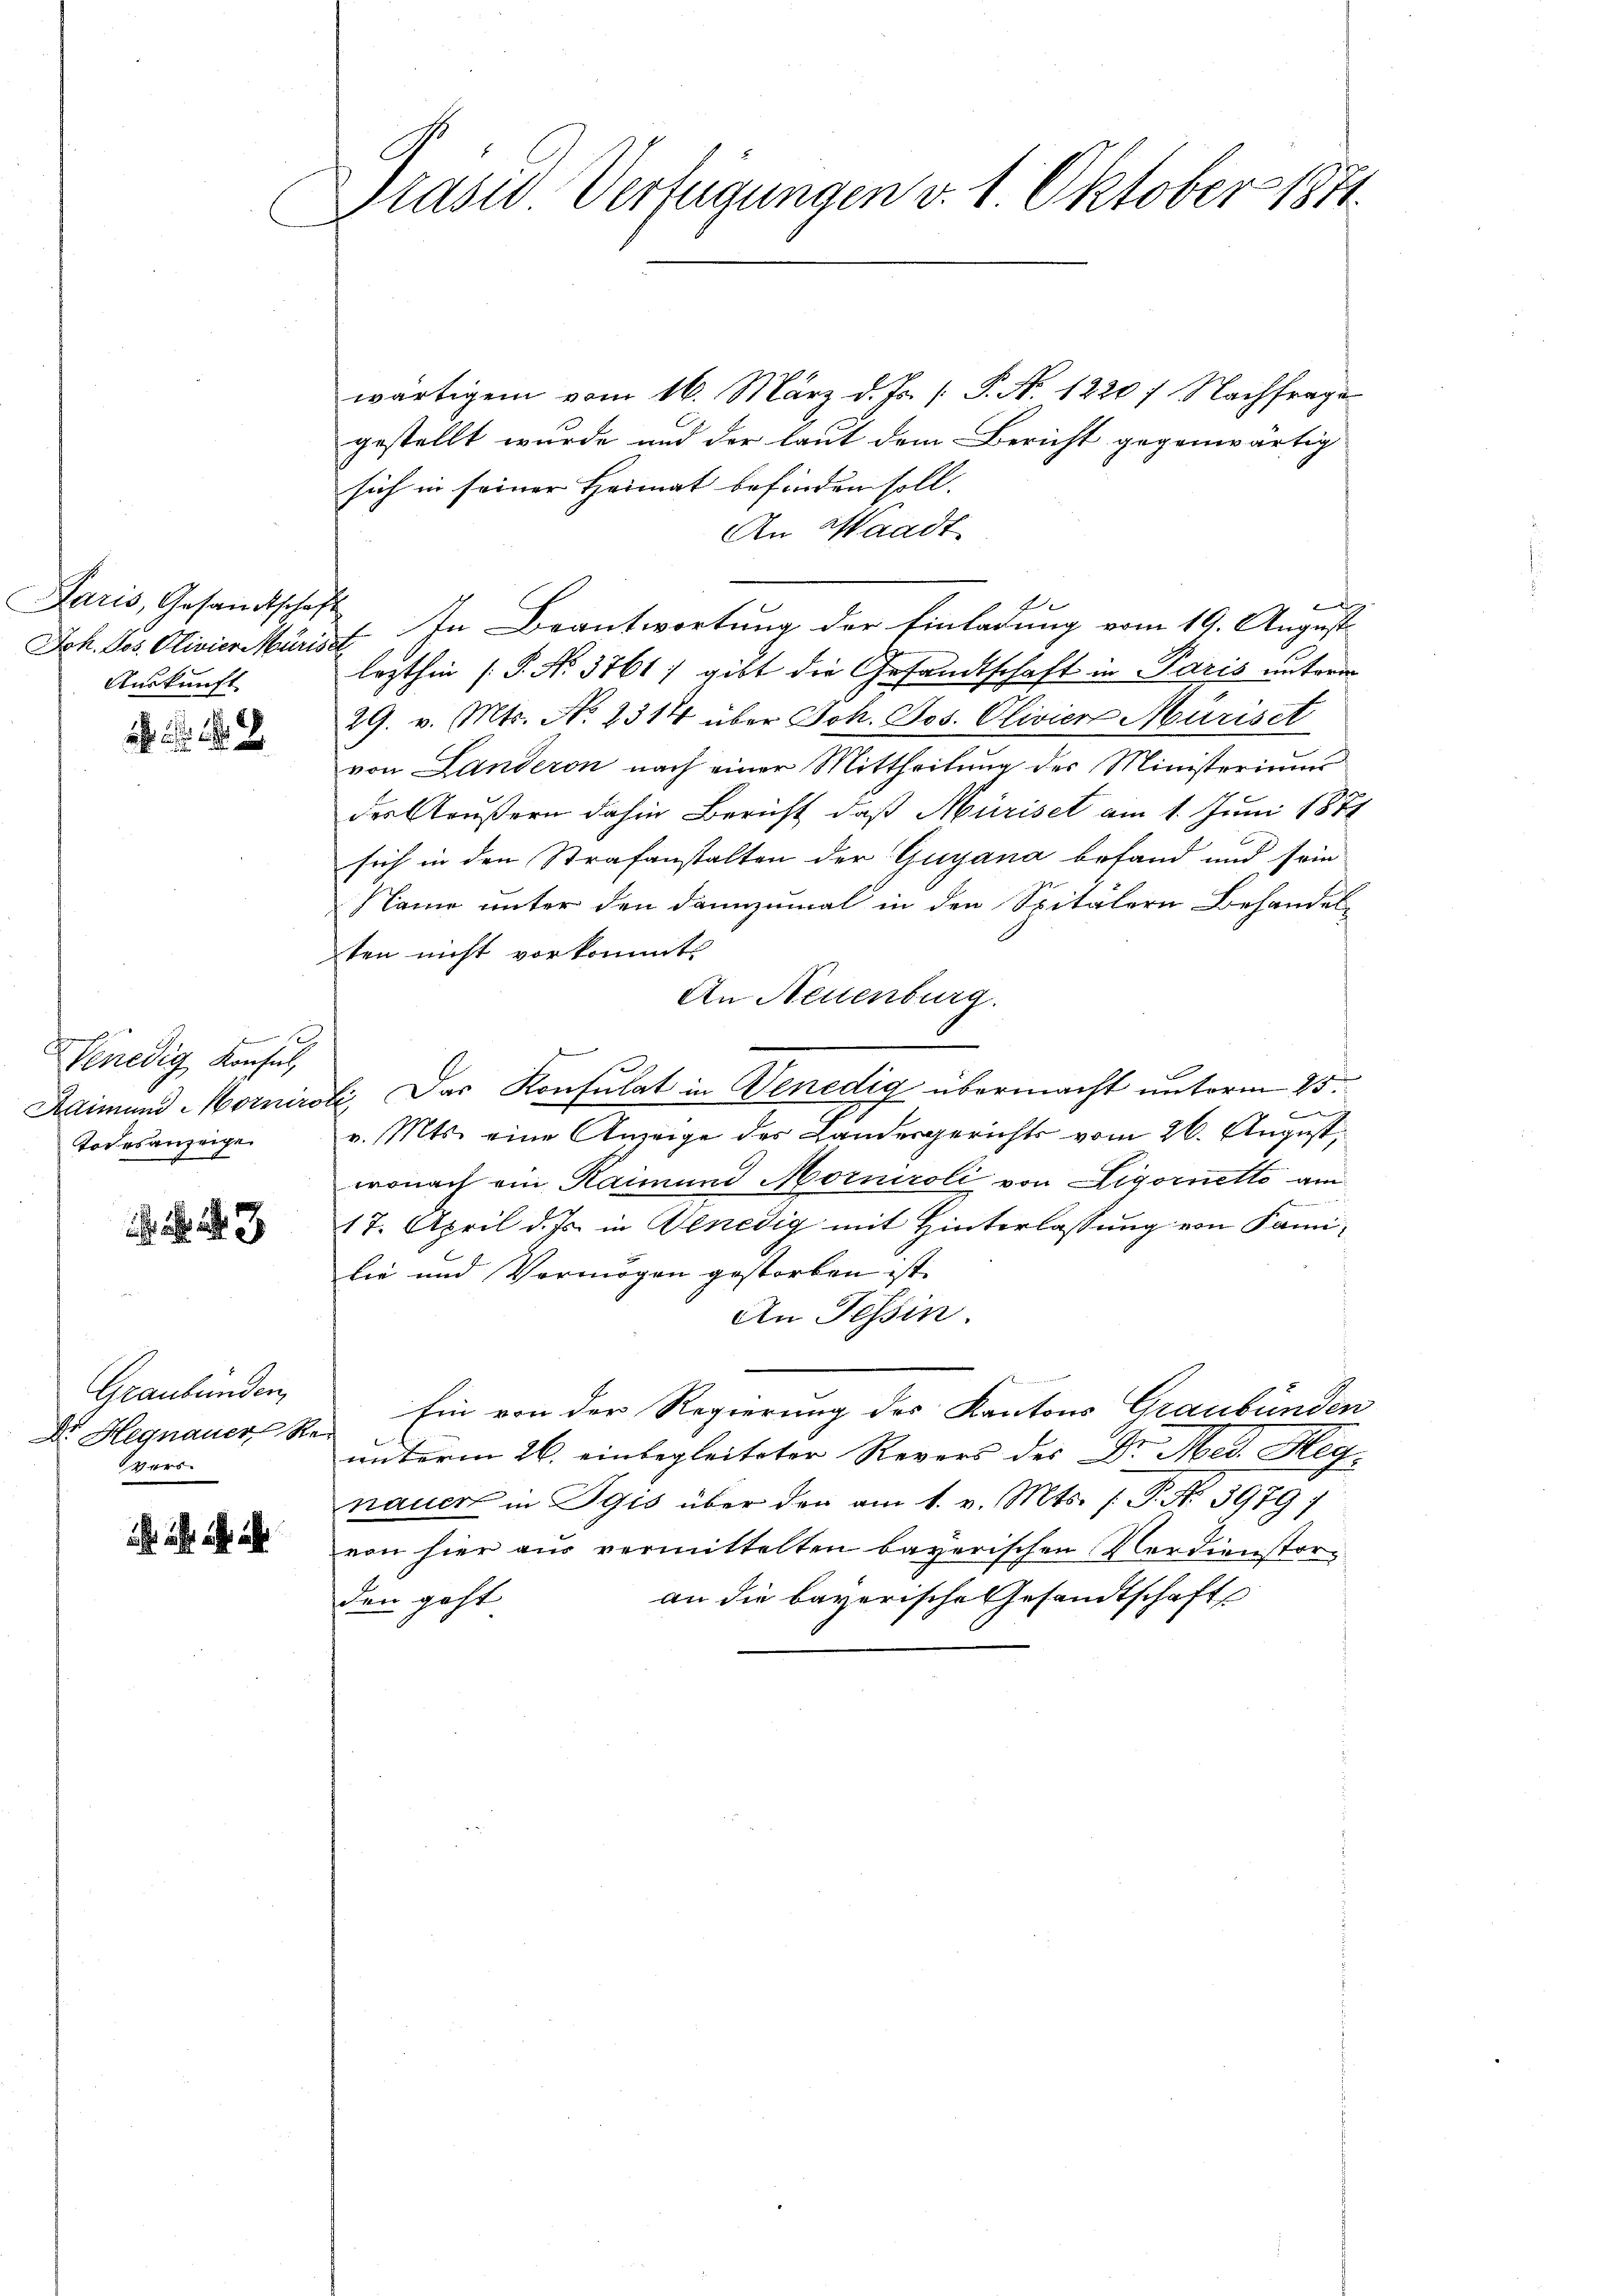
Paris, Gesandtschaft
Auskunft

Geme
Venedig Konsul,
Adimund Horniro
Todesanzeige

. . 3

Graubünden,
Vers.

Präsed Verfügungen v. 1. Oktober 1811.

wärtigem vom 16. März d. Js. [ P. N. 1220) Nachfrage
gestellt wurde und der laut dem Bericht gegenwärtig
sich in seiner Heimat befinden soll.
An Waadt
f
Joh. Jos. Clivier krist. In Beantwortung der Einladung vom 19. August
lezthin (: P. No. 3761) gibt die Gesandtschaft in Paris untern
29. v. Mts. No. 2314 über Joh. Jos. Olivier Müriset
von Landeron nach einer Mittheilŭng des Ministeriums
der Aeußern dahin Bericht, daß Müriset am 1. Juni 1871
sich in den Strafanstalten der Guyana befand und sein
Name unter den dannzumal in den Spitälern Behandelten nicht vorkommt
An Neuenburg.
ti. Das Konsulat in Venedig übermacht unterm 25.
t
v. Mts. eine Anzeige des Landesgerichts vom 26. August,
wonach ein Raimund Morniroli von Ligornetto am
17. April d. Js. in Benedig mit Hinterlassung von Familie und Vermögen gestorben ist.
An Tessin.
 Hegnauerste Ein von der Regierung des Kantons Graubünden
unterm 26. einbegleiteter Revers des Dr. Med. Hegnauert in Egis über den am 1. v. Mts. P. Nr. 5979;
von hier aus vermittelten bayerischen Verdienstoran die bayerische Gesandtschaft
den geht